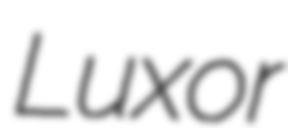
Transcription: Luxor